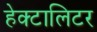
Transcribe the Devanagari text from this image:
हेक्टालिटर